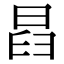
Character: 𣆵